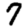
Digit: 7